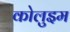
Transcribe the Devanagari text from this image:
कोलुइम